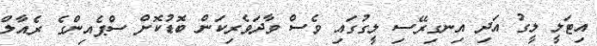
އިޓަލީ ލީގު އަދި އިނގިރޭސި ލީގުގައި ވެސް ވާދަވެރިކަން ބޮޑުކޮށް ސްޕެއިންގެ ރެއާލް